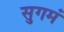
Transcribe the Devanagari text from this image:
सुगमं